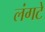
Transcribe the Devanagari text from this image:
लंगटे